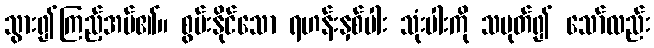
သွား၍ကြည့်အပ်၏။ စွမ်းနိုင်သော ရဟန်းနှစ်ပါး သုံးပါးကို သမုတ်၍ သော်လည်း